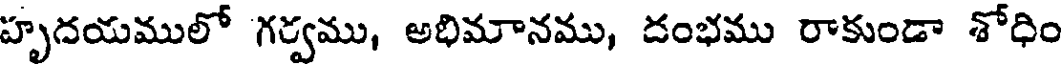
హృదయములో గర్వము, అభిమానము, దంభము రాకుండా శోధిం